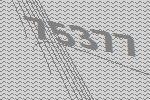
75377